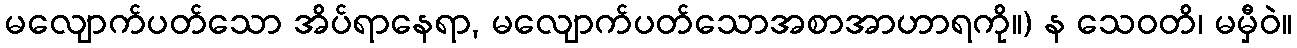
မလျောက်ပတ်သော အိပ်ရာနေရာ, မလျောက်ပတ်သောအစာအာဟာရကို။) န သေဝတိ၊ မမှီဝဲ။